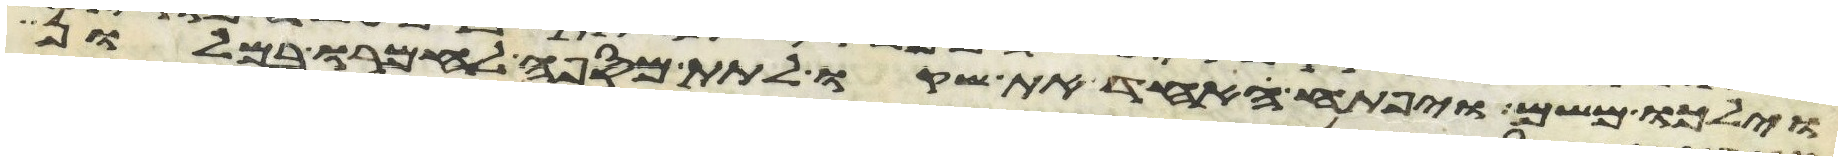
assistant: וילכו משם ויפתח אחד את שקו לתת מספה לחמרו במלון